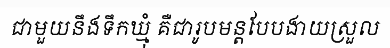
ជាមួយនឹងទឹកឃ្មុំ គឺជារូបមន្តបែបងាយស្រួល